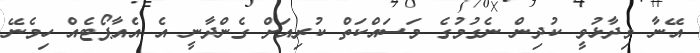
އޭނާ ވިދާޅުވީ ކުދިން ނެގުމުގެ މަސައްކަތް ކުރިއަށް ގެންދާނީ އެ އެއާޕޯޓެއް ހިމެނޭ